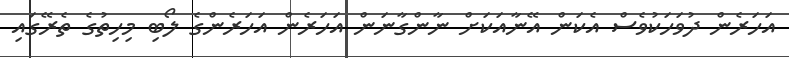
އަހަރެން ދުވަހަކުވެސް އެކަން އޭނާއަކަށް ނާންގާނަން އަހަރެން އަހަރެންގެ ލޯބި މިހިތުގެ ތެރޭގައި